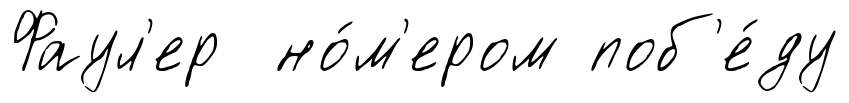
Фаул'ер но́м'ером поб'е́ду